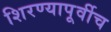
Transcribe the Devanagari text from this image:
शिरण्यापूर्वीच